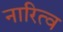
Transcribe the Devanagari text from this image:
नारित्व